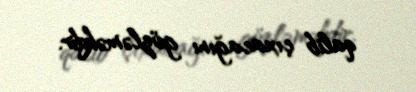
qalib çıxacağını gözləməkdir.